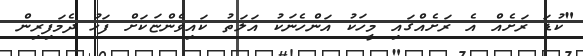
"ކުޑަ ރަށެއް އެ ރަށެއްގައި މީހަކު އަންހެނަކު އަލަތު ކައިވެންޏަކަށް ފަހު ދެމަފިރިން